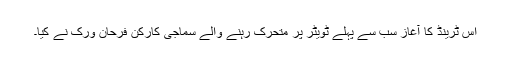
اس ٹرینڈ کا آغاز سب سے پہلے ٹویٹر پر متحرک رہنے والے سماجی کارکن فرحان ورک نے کیا۔